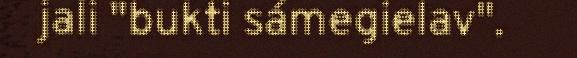
jali "bukti sámegielav".